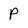
Character: p